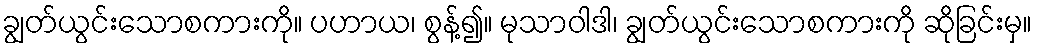
ချွတ်ယွင်းသောစကားကို။ ပဟာယ၊ စွန့်၍။ မုသာဝါဒါ၊ ချွတ်ယွင်းသောစကားကို ဆိုခြင်းမှ။